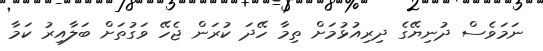
ނަމަވެސް ދުނިޔޭގެ ދިރިއުޅުމަށް ތިމާ ހޭދަ ކުރަން ޖެހޭ ވަގުތަށް ބަލާއިރު ކަމާ